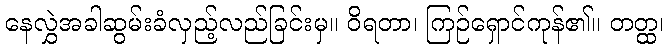
နေလွှဲအခါဆွမ်းခံလှည့်လည်ခြင်းမှ။ ဝိရတာ၊ ကြဉ်ရှောင်ကုန်၏။ တတ္ထ၊